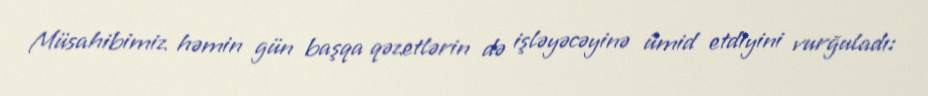
Müsahibimiz həmin gün başqa qəzetlərin də işləyəcəyinə ümid etdiyini vurğuladı: